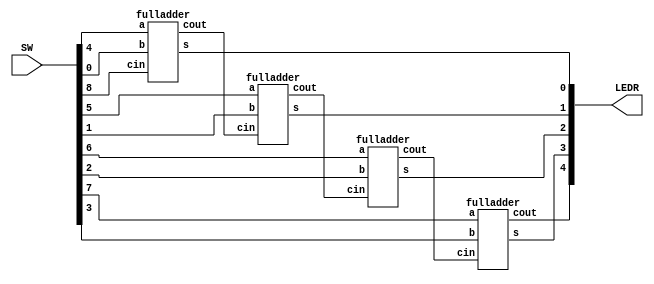
module rippleadder4(SW, LEDR);
	// SW[3:0] number 1
	// SW[7:4] number 2
	// SW[8:8] carry initial
	input [8:0] SW;
	
	output [4:0] LEDR;  // 4 bit result, one bit carry
	// connecting the four full adders
	wire w1;
	wire w2;
	wire w3;
	
	fulladder f1(
		.cin(SW[8]),
		.a(SW[4]),
		.b(SW[0]),
		.cout(w1),
		.s(LEDR[0])
	);
	
	fulladder f2(
		.cin(w1),
		.a(SW[5]),
		.b(SW[1]),
		.cout(w2),
		.s(LEDR[1])
	);
	
	fulladder f3(
		.cin(w2),
		.a(SW[6]),
		.b(SW[2]),
		.cout(w3),
		.s(LEDR[2])
	);
	
	fulladder f4(
		.cin(w3),
		.a(SW[7]),
		.b(SW[3]),
		.cout(LEDR[4]),
		.s(LEDR[3])
	);

endmodule

// full adder
module fulladder(cin, a, b, s, cout);
//	input a;
//	input b;
//	input cin;
//	output s;
//	output cout;
//	
//	assign s = a^b^cin;
//	assign cout = (a & b) | (cin & (a^b));
	input cin;
	input a;
	input b;
	output cout;
	output s;
	
	wire w1;
	
	mux2to1 mux(
		.x(b),
		.y(cin),
		.s(w1),
		.m(cout)
	);
	
	my_XOR x1(
		.a(a),
		.b(b),
		.f(w1)
	);
	
	my_XOR x2(
		.a(cin),
		.b(w1),
		.f(s)
	);
endmodule

// define a my_XOR module
module my_XOR(a, b, f);
	input a;
	input b;
	output f;
	assign f = a ^ b;
endmodule

// mux2to1 from lab2
module mux2to1(x, y, s, m);
	input x; //selected when s is 0
	input y; //selected when s is 1
	input s; //select signal
	output m; //output
	
	assign m = s & y | ~s & x;
endmodule